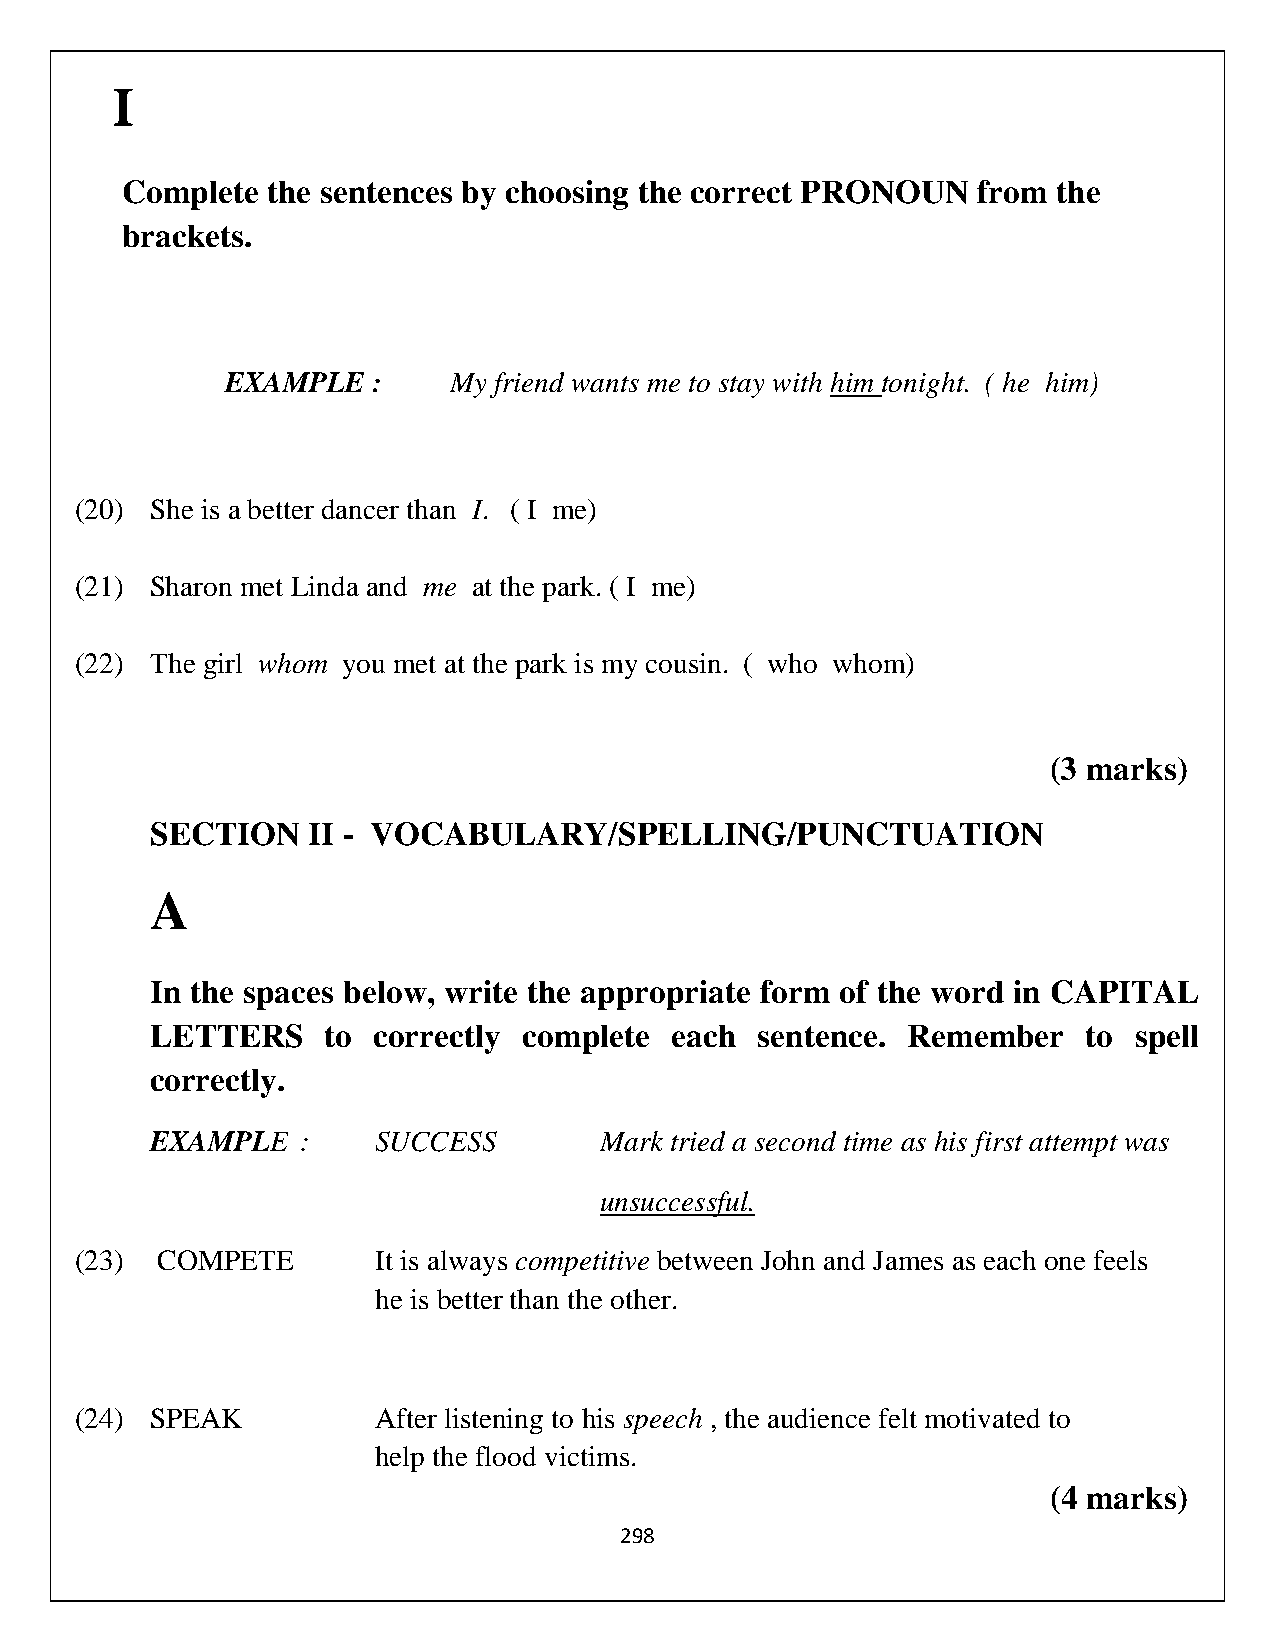
I
 Complete  the sentences by choosing the correct PRONOUN  from the
 brackets.
 EXAMPLE   :    My friend wants me to stay with him tonight. ( he him)
 (20) She is a better dancer than I. ( I me)
 (21) Sharon met Linda and me at the park. ( I me)
 (22) The girl whom you met at the park is my cousin. ( who whom)
 (3 marks)
 SECTION   II - VOCABULARY/SPELLING/PUNCTUATION
 A
 In the spaces below, write the appropriate form of the word in CAPITAL
 LETTERS     to correctly complete each  sentence. Remember    to spell
 correctly.
 EXAMPLE   :    SUCCESS        Mark tried a second time as his first attempt was
 unsuccessful.
 (23) COMPETE        It is always competitive between John and James as each one feels
 he is better than the other.
 (24) SPEAK          After listening to his speech , the audience felt motivated to
 help the flood victims.
 (4 marks)
 298